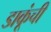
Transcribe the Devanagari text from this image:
डाकूंची